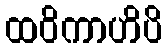
ထဝိကာဟိပိ